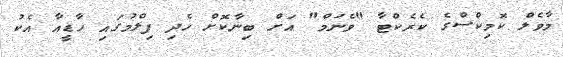
މާވެލް ކޮމިކްސްގެ ކެރެކްޓާ "ވެނަމް" އަށް ބިނާކޮށް ހެދި ފިލްމުގައި ހާޑީއާ އެކު